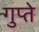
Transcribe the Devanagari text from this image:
गुप्‍ते